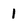
Character: 1